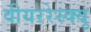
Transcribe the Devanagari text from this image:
वीयररेस्क्यू